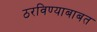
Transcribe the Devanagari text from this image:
ठरविण्याबाबत